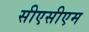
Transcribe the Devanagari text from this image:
सीएसीएम